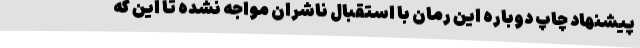
پیشنهاد چاپ دوباره این رمان با استقبال ناشران مواجه نشده تا این که